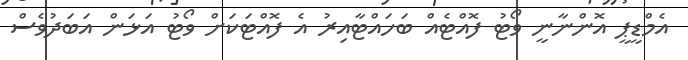
އެމްޑީޕީ އޮންނާނީ ވޯޓު ފޮއްޓެއް ބަހައްޓާއިރު އެ ފޮއްޓަކަށް ވޯޓު އަޅަން އަބަދުވެސް